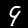
Digit: 9